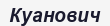
Куанович